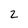
Character: 2